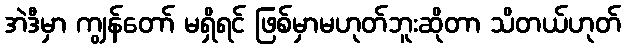
အဲဒီမှာ ကျွန်တော် မရှိရင် ဖြစ်မှာမဟုတ်ဘူးဆိုတာ သိတယ်ဟုတ်